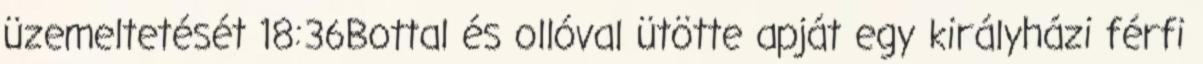
üzemeltetését 18:36Bottal és ollóval ütötte apját egy királyházi férfi